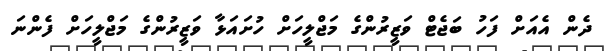
ދެން އެއަށް ފަހު ބަޖެޓް ވަޒީރުންގެ މަޖްލީހަށް ހުށައަޅާ ވަޒީރުންގެ މަޖްލީހަށް ފެންނަ